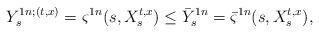
LaTeX: \begin{align*}Y_s^{1n;(t,x)}=\varsigma^{1n}(s, X_s^{t,x})\leq \bar Y_s^{1n}= \bar{\varsigma}^{1n}(s, X_s^{t,x}),\end{align*}